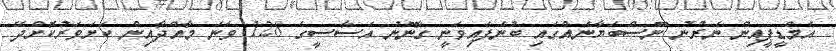
އެމްޑީޕީއިން ނެރުނު ނޫސްބަޔާނެއްގައި ބުނެފައިވަނީ ގާނޫނު އަސާސީގެ 128 ވަނަ މާއްދާއިން ކަށަވަރުކޮށްދޭ